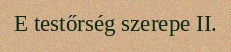
E testőrség szerepe II.